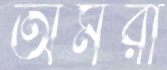
অমরা